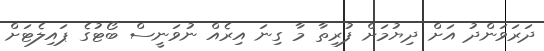
ދަރަވަންދު އަށް ދިޔުމަށް ފުރިތާ މާ ގިނަ އިރެއް ނުވަނީސް ބޯޓުގެ ޕައިލެޓަށް